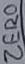
Text: ZERO